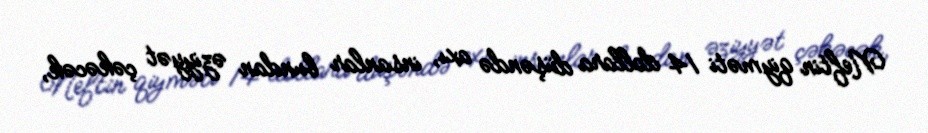
Neftin qiyməti 14 dollara düşəndə axı, insanlar bundan əziyyət çəkəcək,